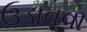
ઉડાવવા